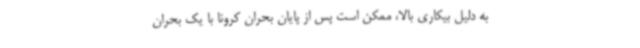
به دلیل بیکاری بالا، ممکن است پس از پایان بحران کرونا با یک بحران